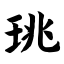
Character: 珧